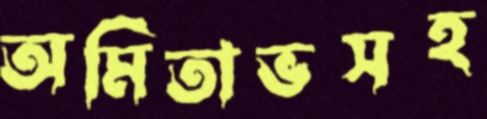
অমিতাভসহ